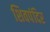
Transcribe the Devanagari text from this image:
शिवपंदिर